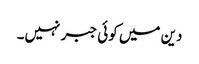
دین میں کوئی جبر نہیں۔